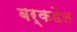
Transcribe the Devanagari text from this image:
बर्कडेल